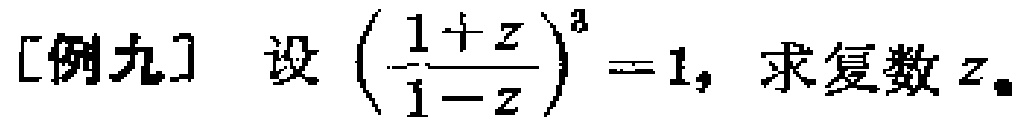
[例九] 设 $\left(\frac{1 + z}{1 - z}\right)^{3} = 1$，求复数 $z$。